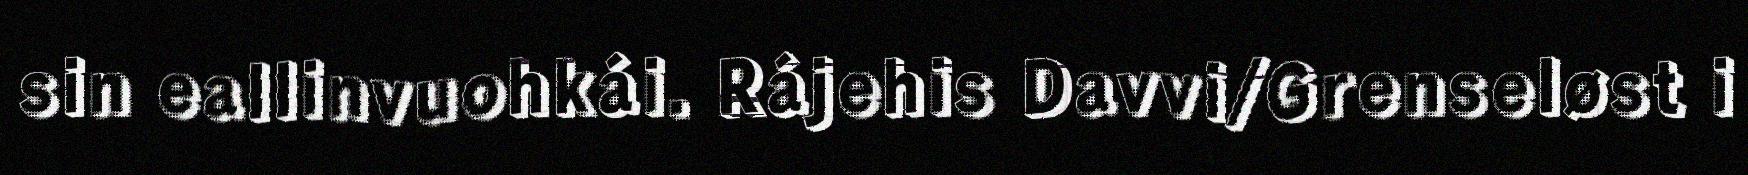
sin eallinvuohkái. Rájehis Davvi/Grenseløst i